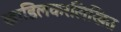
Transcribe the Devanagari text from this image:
खाडिलकरलिखित